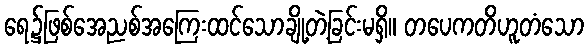
ရေ၌ဖြစ်အေညစ်အကြေးထင်သောချို့တဲ့ခြင်းမရှိ။ တပေကတိဟူတံသော